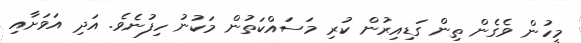
މީހުން ވެގެން ތިން ގަޑިއިރުން ކުރި މަސައްކަތުން މަކުނު ހިފުނެވެ. އަދި އަވަށާއި